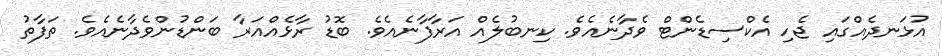
އުޅަނދެއްގައި ޖެހި އެކްސިޑެންޓް ވެދާނެއެވެ. ކިނބުލެއް އަރާފާނެއެވެ. ބޮޑު ރާޅެއްއަރާ ބަންޑުންވެދާނެއެވެ. ތަފާތު